Scientific memoirs by medical officers of the Army of India - Part X,
Year: 1897
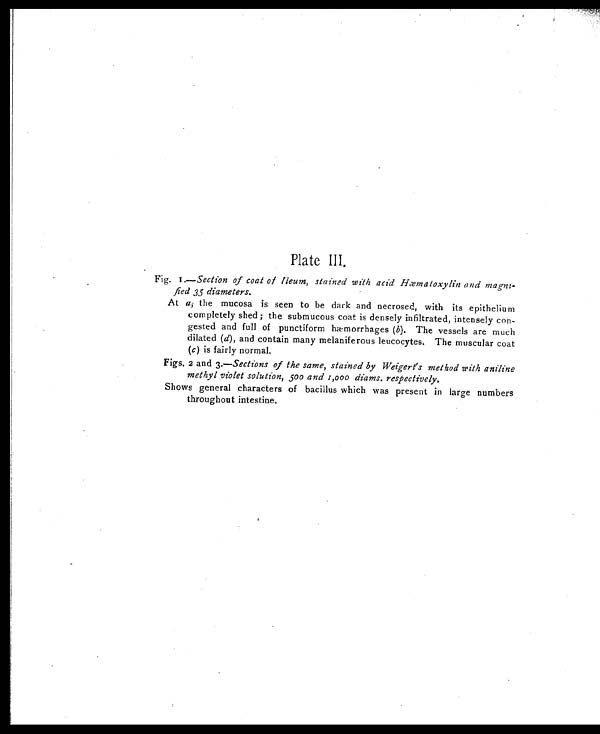
Plate III.
Fig. 1.—Section of coat of Ileum, stained with acid Hæmatoxylin and magni-
fied 35 diameters.
At ast h e m u c o s a i s s e e n t o b e d a r k a n d n e c r o s e d , w i t h i t s e p i t h e l i u m
completely shed; the submucous coat is densely infiltrated, intensely con-
gested and full of punctiform hæmorrhages ( b). The vessels are much
dilated ( d), and contain many melaniferous leucocytes. The muscular coat
( c ) is fairly normal.
Figs. 2 and 3 .—Sections of the same, stained by Weigert's method with aniline
methyl violet solution, 500 and 1,000 diams. respectively.
Shows general characters of bacillus which was present in large numbers
throughout intestine.